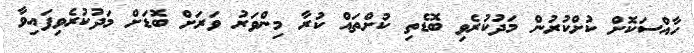
ހާއްސަކޮށް ކުށްކުރުން މަދުކުރެވި ބޮޑެތި ކުށްތައް ކުރާ މިންވަރު ވަރަށް ބޮޑަށް މަދުކުރެވިފައިވާ